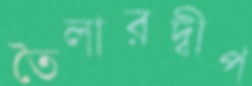
তৈলারদ্বীপ